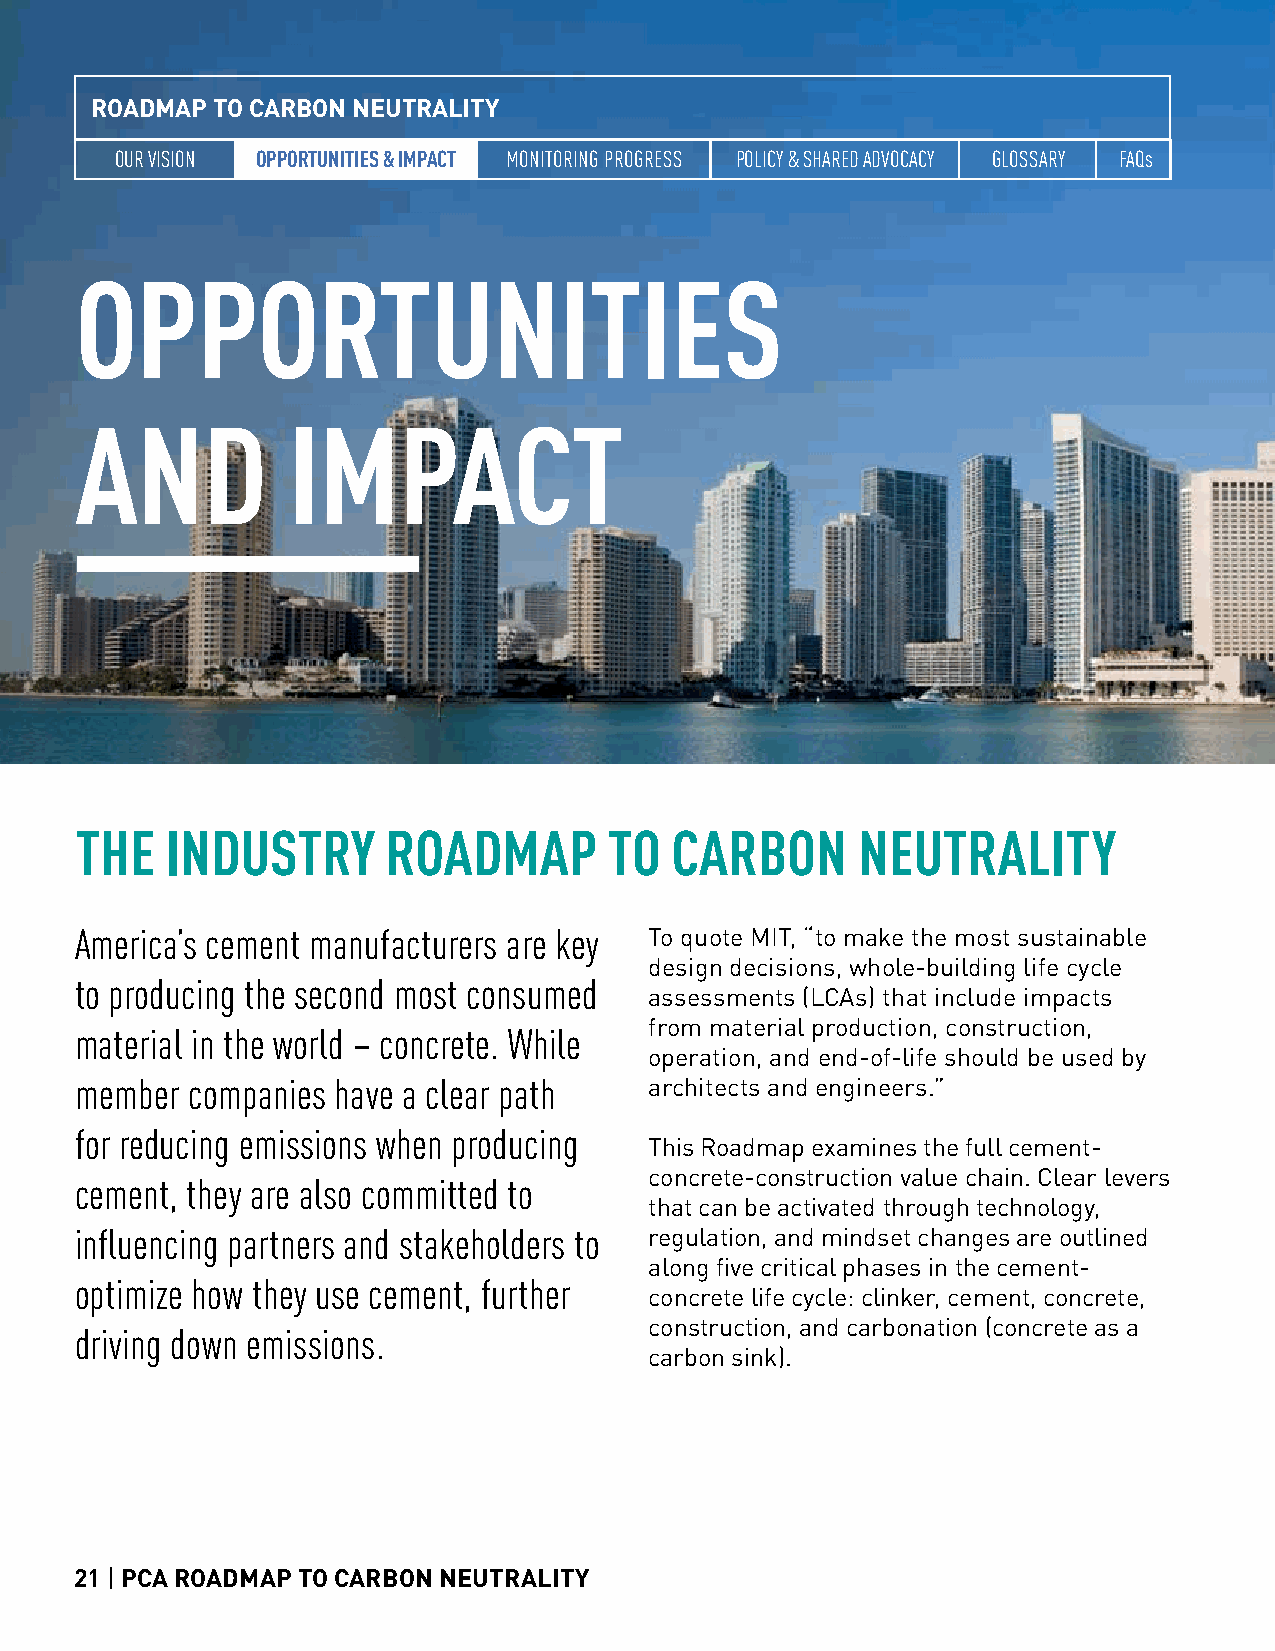
ROADMAP TO CARBON NEUTRALITY
 OUR VISION OPPORTUNITIES & IMPACT MONITORING PROGRESS POLICY & SHARED ADVOCACY GLOSSARY FAQs
 OPPORTUNITIES
 AND           IMPACT
 THE   INDUSTRY       ROADMAP       TO  CARBON       NEUTRALITY
 America’s cement manufacturers are key To quote MIT, “to make the most sustainable
 design decisions, whole-building life cycle
 to producing the second most consumed
 assessments (LCAs) that include impacts
 from material production, construction,
 material in the world – concrete. While
 operation, and end-of-life should be used by
 member companies have a clear path    architects and engineers.”
 for reducing emissions when producing
 This Roadmap examines the full cement-
 concrete-construction value chain. Clear levers
 cement, they are also committed to
 that can be activated through technology,
 influencing partners and stakeholders to regulation, and mindset changes are outlined
 along five critical phases in the cement-
 optimize how they use cement, further
 concrete life cycle: clinker, cement, concrete,
 construction, and carbonation (concrete as a
 driving down emissions.
 carbon sink).
 21 | PCA ROADMAP TO CARBON NEUTRALITY